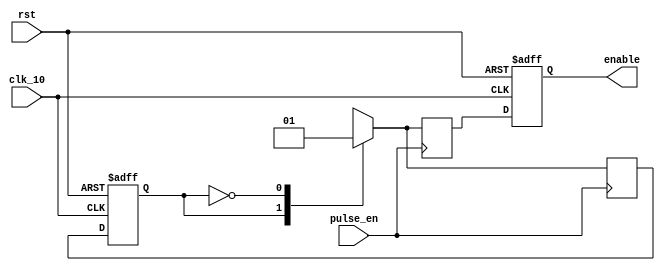
`define run 1
`define stop 0

module FSM(
input clk_10,
input rst,
input pulse_en,
output reg enable
);

reg enable_next;
reg state,state_next;

always@(posedge pulse_en)
    case(state)
    `run: begin 
         state_next = `stop; 
         enable_next = 0;
        end
    `stop: begin 
          state_next = `run; 
          enable_next = 1; 
         end
    default: begin 
             state_next = state; 
             enable_next = enable; 
            end
    endcase
    
always@(posedge clk_10 or posedge rst)
    if(rst) begin 
            state = `stop; 
            enable <= 0; 
            end
    else begin 
        state <= state_next; 
        enable <= enable_next; 
        end
    
endmodule